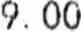
9.00